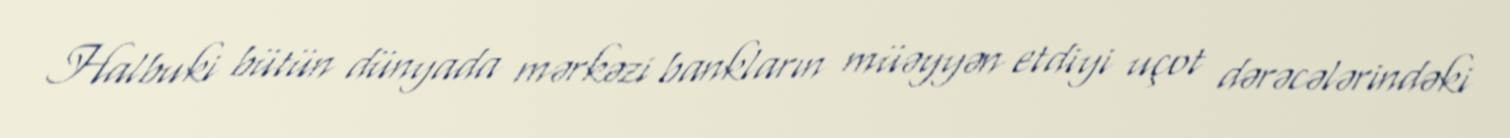
Halbuki bütün dünyada mərkəzi bankların müəyyən etdiyi uçot dərəcələrindəki